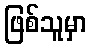
ဖြစ်သူမှာ